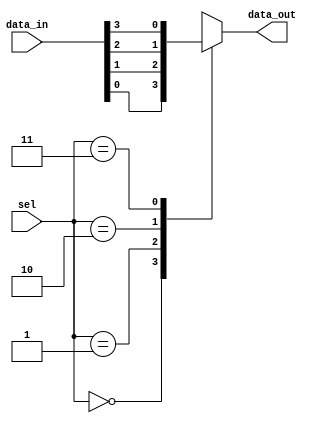
module mux_4_1 (input wire [3:0] data_in, // Input data lines
                input wire [1:0] sel,       // Select lines
                output reg data_out);       // Output data line

always @ (*) begin
    case(sel)
        2'b00: data_out = data_in[0];
        2'b01: data_out = data_in[1];
        2'b10: data_out = data_in[2];
        2'b11: data_out = data_in[3];
    endcase
end

endmodule